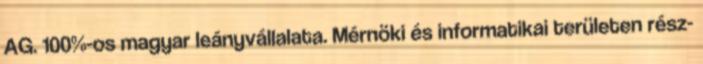
AG. 100%-os magyar leányvállalata. Mérnöki és informatikai területen rész-